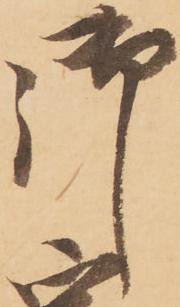
御